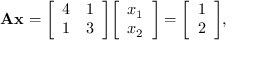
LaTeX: \mathbf { A } \mathbf { x } = { \left[ \begin{array} { l l } { 4 } & { 1 } \\ { 1 } & { 3 } \end{array} \right] } { \left[ \begin{array} { l } { x _ { 1 } } \\ { x _ { 2 } } \end{array} \right] } = { \left[ \begin{array} { l } { 1 } \\ { 2 } \end{array} \right] } ,